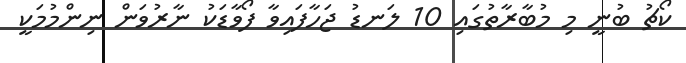
ކޯޗު ބުނީ މި މުބާރާތުގައި 10 ލަނޑު ޖަހާފައިވާ ފޯވާޑަކު ނާރުވަން ނިންމުމަކީ